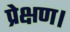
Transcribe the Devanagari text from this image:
प्रेक्षण।